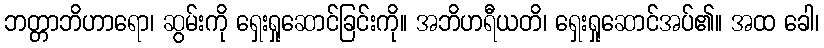
ဘတ္တာဘိဟာရော၊ ဆွမ်းကို ရှေးရှုဆောင်ခြင်းကို။ အဘိဟရီယတိ၊ ရှေးရှုဆောင်အပ်၏။ အထ ခေါ၊